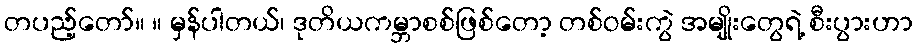
တပည့်တော်။ ။ မှန်ပါတယ်၊ ဒုတိယကမ္ဘာစစ်ဖြစ်တော့ တစ်ဝမ်းကွဲ အမျိုးတွေရဲ့ စီးပွားဟာ